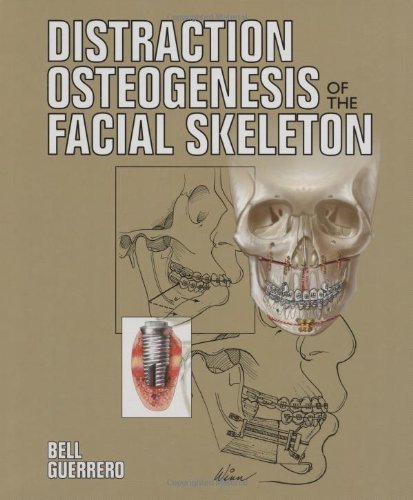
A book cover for Distraction Osteogenesis of the Facial Skeleton; William H. Bell; Medical Books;